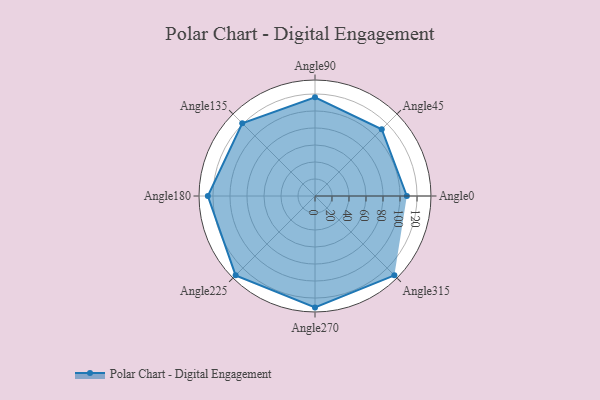
{"axis": {"x": "Angle", "y": "Radius"}, "legend": [""], "data": [{"x": "Angle0", "y": 108.0, "type": ""}, {"x": "Angle45", "y": 111.0, "type": ""}, {"x": "Angle90", "y": 116.0, "type": ""}, {"x": "Angle135", "y": 121.0, "type": ""}, {"x": "Angle180", "y": 126.0, "type": ""}, {"x": "Angle225", "y": 132.0, "type": ""}, {"x": "Angle270", "y": 131.0, "type": ""}, {"x": "Angle315", "y": 132.0, "type": ""}]}